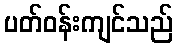
ပတ်ဝန်းကျင်သည်